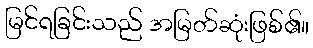
မြင်ရခြင်းသည် အမြတ်ဆုံးဖြစ်၏။